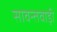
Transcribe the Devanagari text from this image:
सावन्तवाड़ी